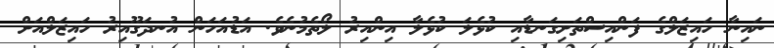
ނައިނާ ހައިޒަލްގެ ފަންއިސްތަށިގަނޑާއި ކުޅެލަ ކުޅެލާ އިންއިރު ލޯތެމުނެވެ. އަޑުއަހަން އުނދަގޫއިރު ހައިޒަލްއަށް